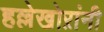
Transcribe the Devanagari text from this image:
हल्लेखोऱांनी